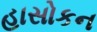
હાસોકન